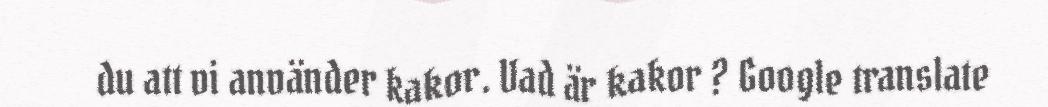
du att vi använder kakor. Vad är kakor ? Google translate